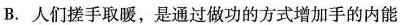
B.人们搓手取暖，是通过做功的方式增加手的内能